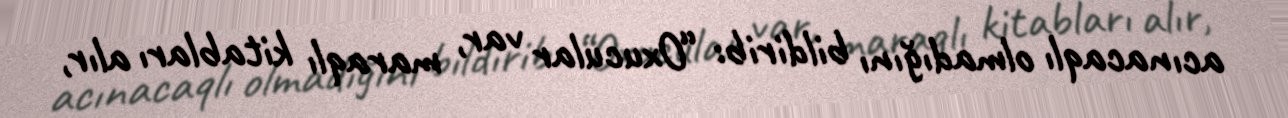
acınacaqlı olmadığını bildirib: “Oxucular var, maraqlı kitabları alır,